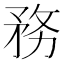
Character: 務